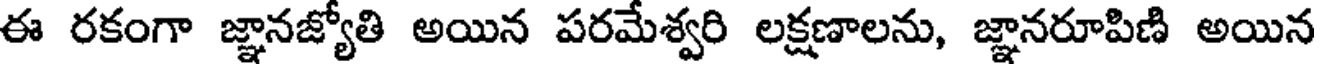
ఈ రకంగా జ్ఞానజ్యోతి అయిన పరమేశ్వరి లక్షణాలను, జ్ఞానరూపిణి అయిన